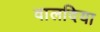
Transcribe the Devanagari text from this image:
वालदिया